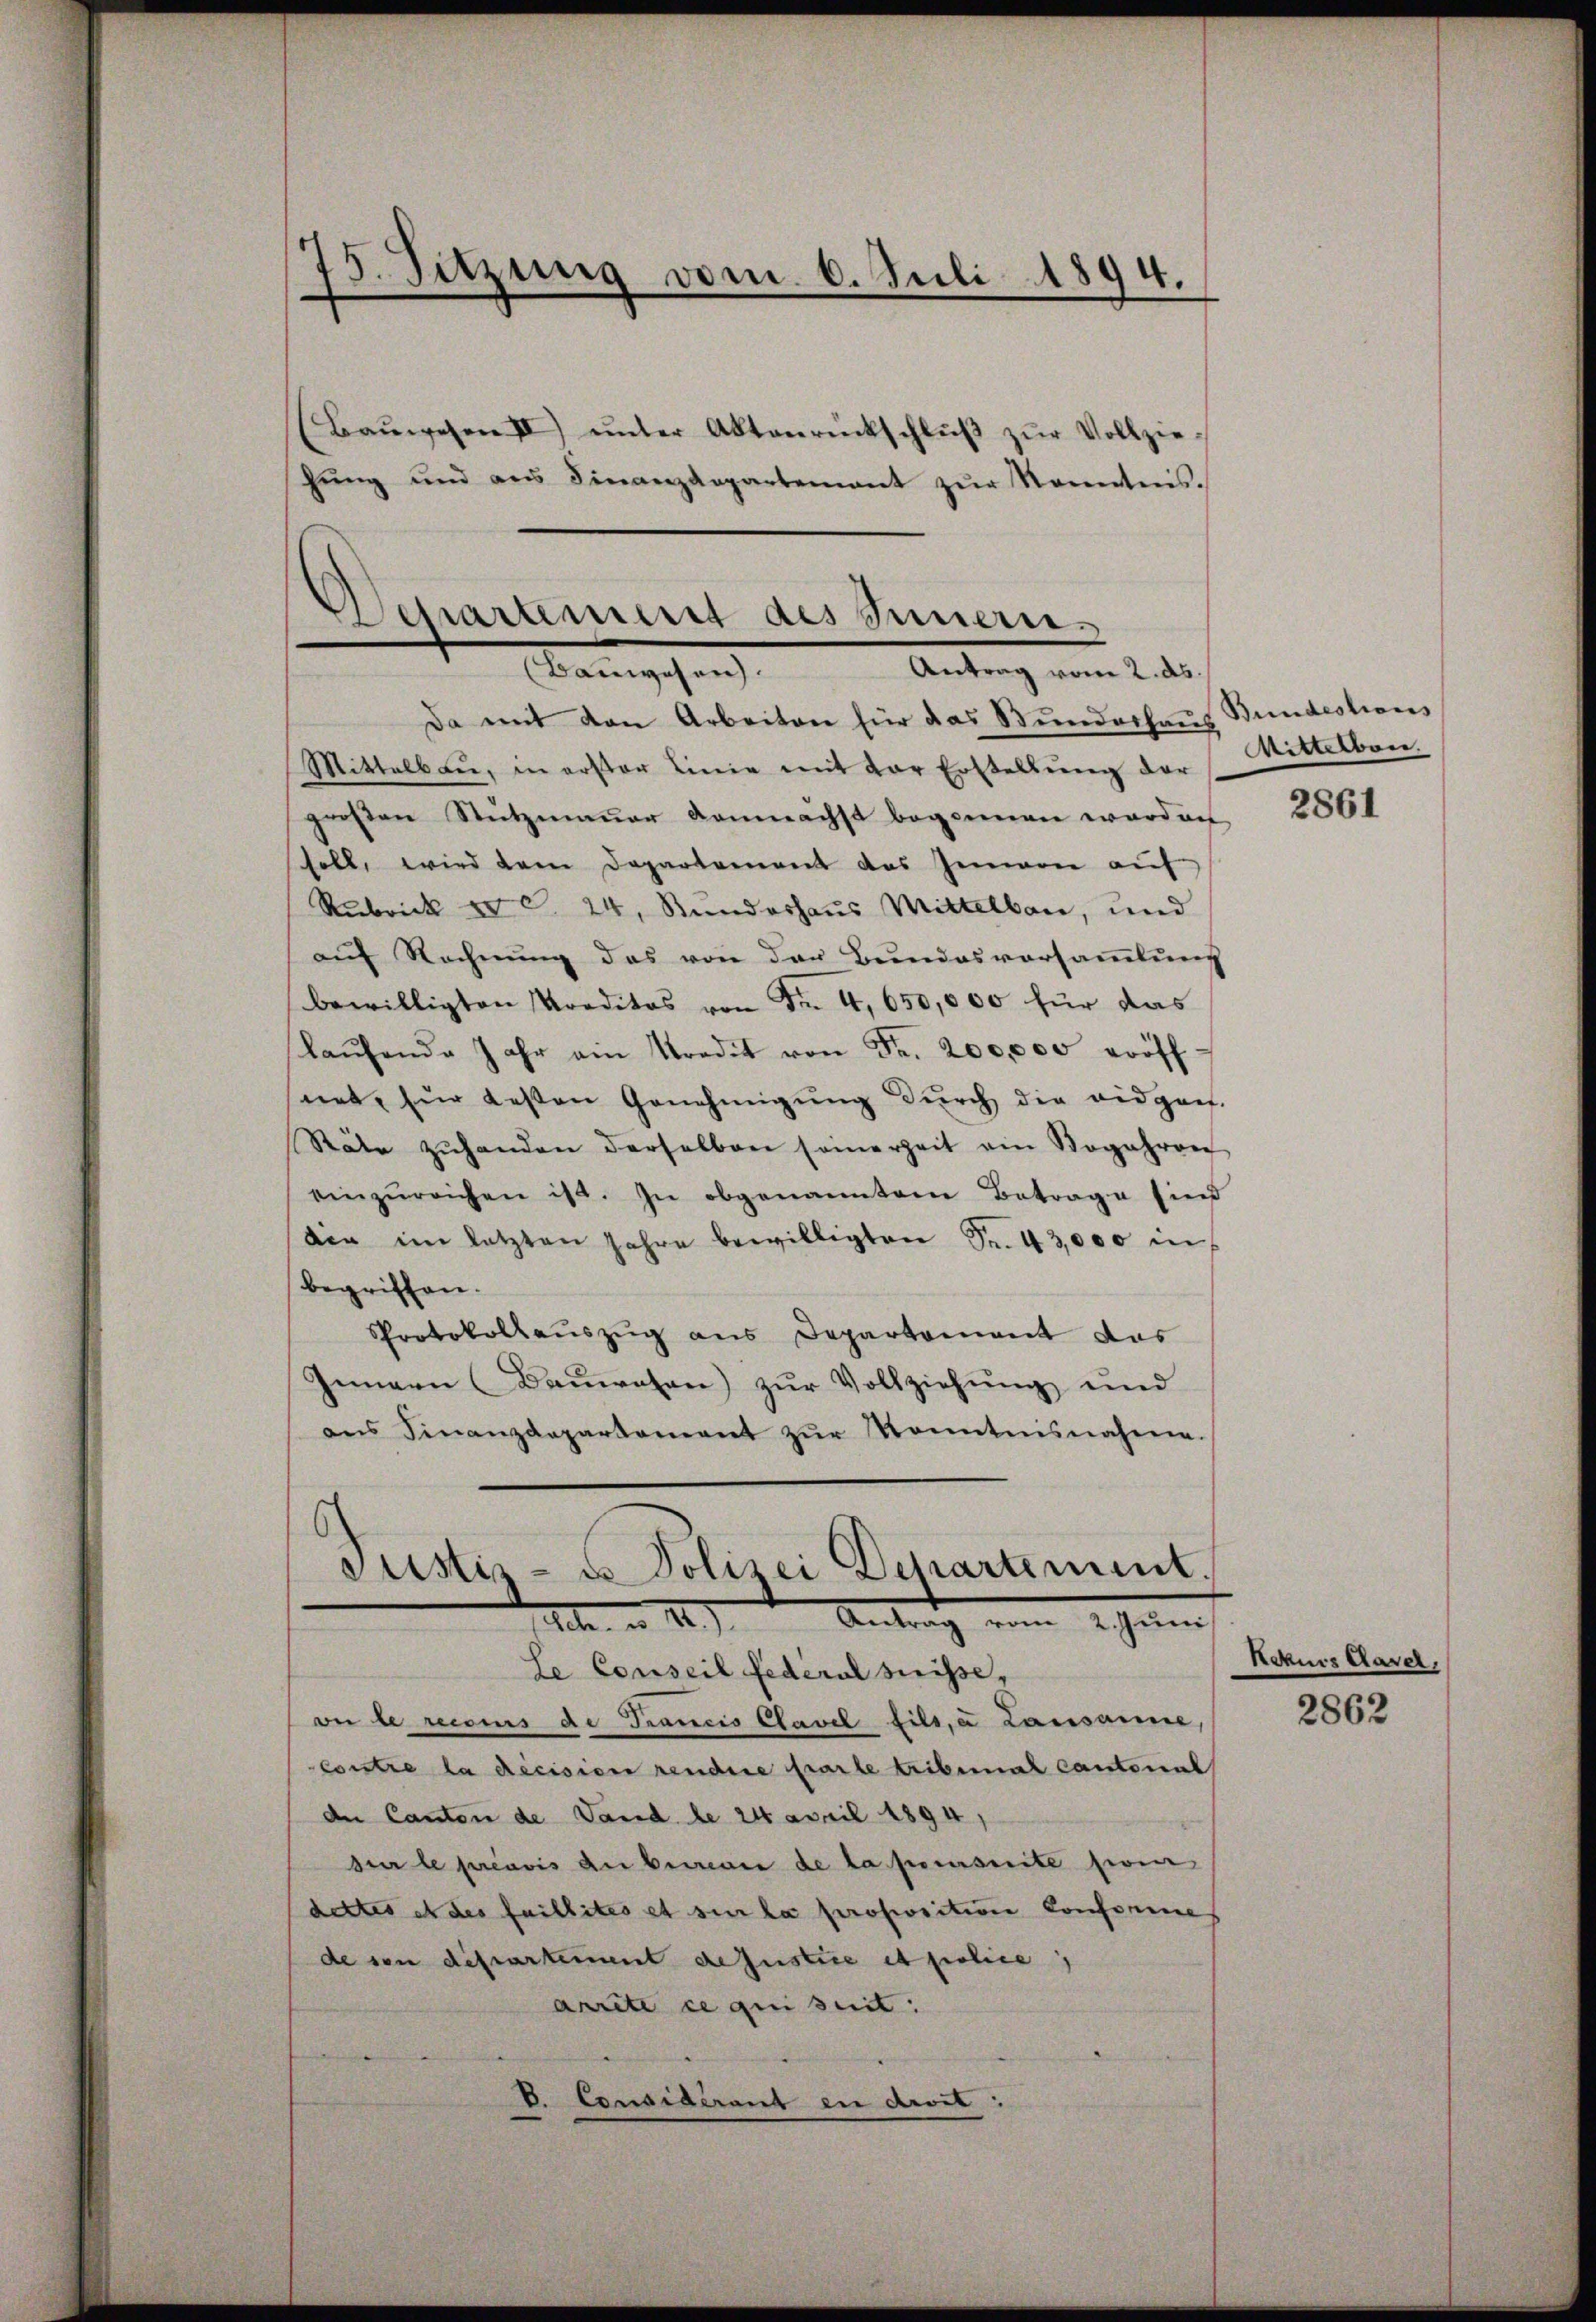
15. Sitzung vom 6. Juli 1894.

Baŭwesen III) ŭnter Aktenrückschlŭβ zŭr Vollzie-
hŭng und ans Finanzdepartement zŭr Kenntnis.

Departement des Innern.
(Bauwesen.
Antrag vom 2. ds.

Da mit den Arbeiten für das Bunderhaus
Mittelbau, in erster Linie mit der Erstellŭng der
großen Stutzmauer demnächst begonnen worden
soll, wird dem Departement des Innern aŭf
Rubrick zu S. 24, Stundeshaus Mittelbar, und
auf Rechnung das von der Bundesversammlung
bewilligten Kreditos von Fr. 4, 650,000 für das
laŭfende Jahr am Predit von Fr. 200,000 eröff-
net, für besten Genehmigŭng dŭrch die eidgen.
Stäte zŭhanden derselben seinerzeit ein Rogahren
einzŭreichen ist. In obgenanntem Betrage sind
die im letzten Jahre bewilligten Fr. 43,000 in
begriffen.
Protokollaŭszŭg ans Departement das
Innern (Baŭwesen) zŭr Vollziehŭng und
ans Finanzdepartement zŭr Kenntnisnahmen.

Justiz- u Polizei Departement.
1 n 1.) Antrag vom 2 ten

le Conseil federal suisse,
ve le recours de Trancis Clavel fils, a Lausanne,
Contre la decision rendere Parte tribunal Cantonal
de Canton de Land de 24 April 1894
sur le préavis du bewann de la pecursuite sein
dettes et des faillites et sie la proposition Conforme
de von dessartement de Justice et police
anrite ce qui suit:
b. Considérant en droit:

Bundestions
Mittelbar.

2861

Rakus Kaser,
2862